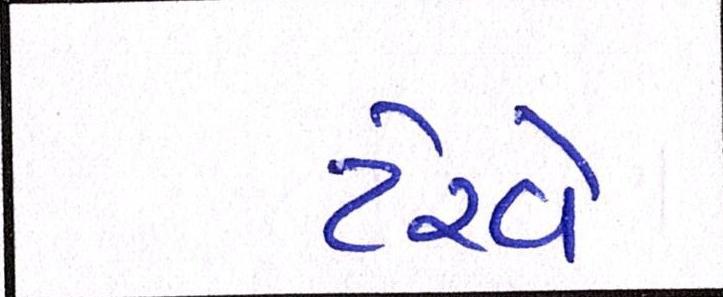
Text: ટેરવે